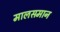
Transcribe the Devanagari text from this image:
मालसमान